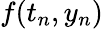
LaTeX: f(t_{n},y_{n})